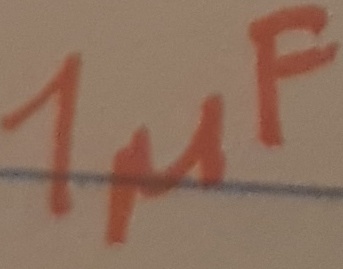
Text: 1µF